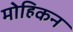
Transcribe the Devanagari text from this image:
मोहिकन